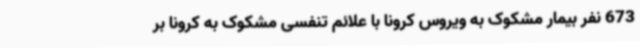
673 نفر بیمار مشکوک به ویروس کرونا با علائم تنفسی مشکوک به کرونا بر